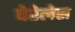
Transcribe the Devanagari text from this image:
पेरेलेस